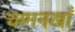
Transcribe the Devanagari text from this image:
चम्मनखाँ